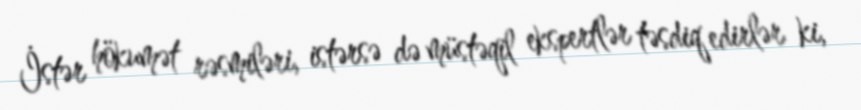
İstər hökumət rəsmiləri, istərsə də müstəqil ekspertlər təsdiq edirlər ki,